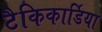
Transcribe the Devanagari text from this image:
टैकिकार्डिया